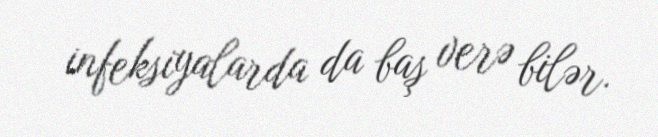
infeksiyalarda da baş verə bilər.